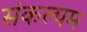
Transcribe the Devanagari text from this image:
संकल्पम